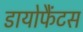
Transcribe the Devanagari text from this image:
डायोफैंटस